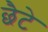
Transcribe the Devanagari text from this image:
छैटे